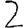
Digit: 2